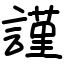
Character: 謹